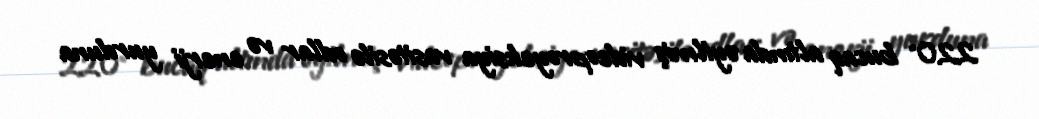
220° bucaq altında əyilmiş videoproyeksiya vasitəsilə odlar və enerji yurduna